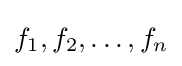
f_{1},f_{2},\dots ,f_{n}